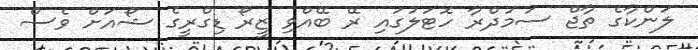
ލަންކާގެ ތާޖް ސަމުދްރާ ހޮޓަލުގައި ރޭ ބޭއްވި ޒީރޯ ޑިގްރީގެ ޝޯއަށް ވެސް